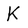
Character: K